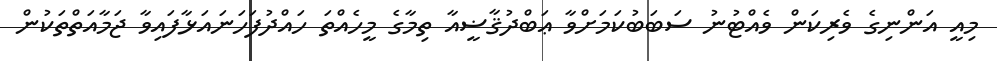
މިއީ އަންނިގެ ވެރިކަން ވެއްޓުނު ސަބަބުކަަމަށްވާ ޢަބްދުޤާޟީއާ ތިމާގެ މީހެއްތަ ހައްދުފަހަނައަޅާފައިވާ ޖަމާއަތްތަކުން